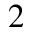
^ 2